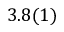
3 . 8 ( 1 )